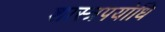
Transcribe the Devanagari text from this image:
शास्त्रपयोधि